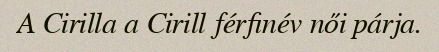
A Cirilla a Cirill férfinév női párja.